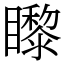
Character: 𥌛